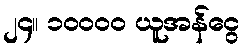
၂၄။ ၁၀၀၀၀ ယူအန်ငွေ